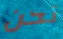
نحن